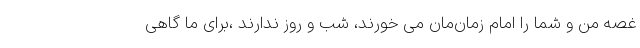
غصه من و شما را امام زمان‌مان می خورند، شب و روز ندارند ،برای ما گاهی